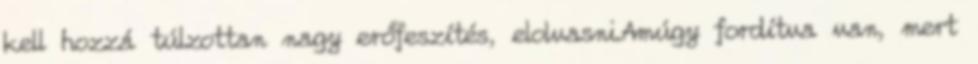
kell hozzá túlzottan nagy erőfeszítés, elolvasni.Amúgy fordítva van, mert